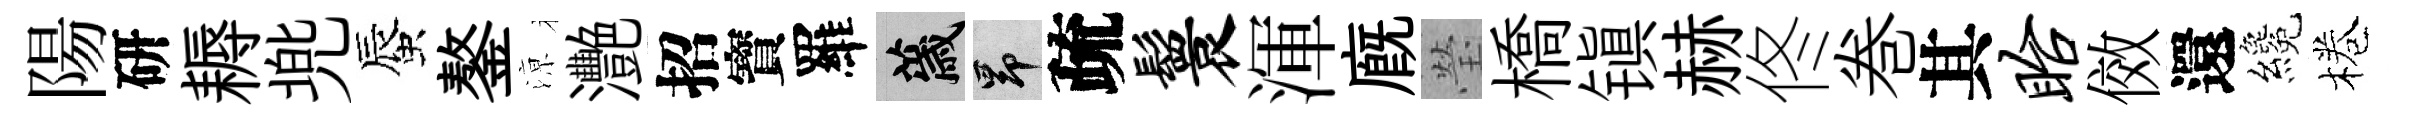
陽研耨兠蜃鏊鿌灧招寳羅薉昂疏鬟渾廐瑩橋镇赫佟巻其眙傚還纔棬